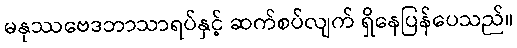
မနုဿဗေဒဘာသာရပ်နှင့် ဆက်စပ်လျက် ရှိနေပြန်ပေသည်။